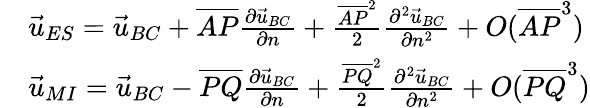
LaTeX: \begin{array}{rl}&{\vec{u}_{ES}=\vec{u}_{BC}+\overline{{AP}}\frac{\partial\vec{u}_{BC}}{\partial n}+\frac{\overline{{AP}}^{2}}{2}\frac{\partial^{2}\vec{u}_{BC}}{\partial n^{2}}+O(\overline{{AP}}^{3})}\\ &{\vec{u}_{MI}=\vec{u}_{BC}-\overline{{PQ}}\frac{\partial\vec{u}_{BC}}{\partial n}+\frac{\overline{{PQ}}^{2}}{2}\frac{\partial^{2}\vec{u}_{BC}}{\partial n^{2}}+O(\overline{{PQ}}^{3})}\end{array}